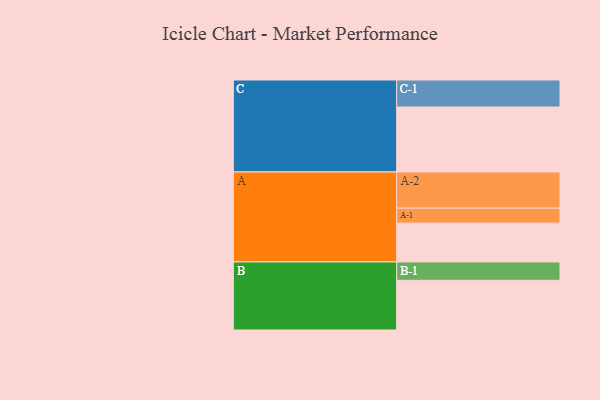
{"axis": {"x": "Segment", "y": "Value"}, "legend": ["", "A", "B", "C"], "data": [{"x": "A", "y": 313, "type": ""}, {"x": "B", "y": 401, "type": ""}, {"x": "C", "y": 524, "type": ""}, {"x": "A-1", "y": 121, "type": "A"}, {"x": "A-2", "y": 292, "type": "A"}, {"x": "B-1", "y": 148, "type": "B"}, {"x": "C-1", "y": 218, "type": "C"}]}